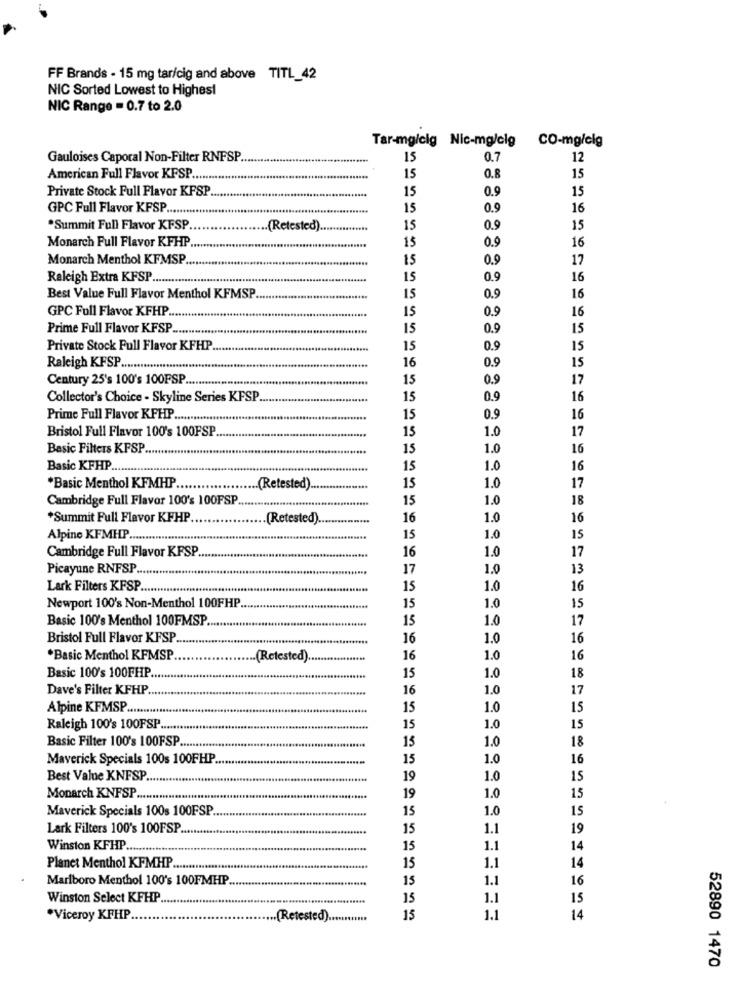
FF Brands - 15 mg tar/cig and above TITL_42
NIC Sorted Lowest to Highest
NIC Range = 0.7 to 2.0
Tar-mg/clg Nic-mg/clg
CO-mg/clg
Gauloises Caporal Non-Filter RNFSP.
15
0.7
12
American Full Flavor KFSP .....
15
0.8
15
Private Stock Full Flavor KFSP
15
0.9
15
GPC Full Flavor KFSP ......
15
0.9
16
*Summit Full Flavor KFSP
.(Retested)
15
0.9
15
15
0.9
Monarch Full Flavor KFHP.
16
Monarch Menthol KFMSP
15
0.9
17
Raleigh Extra KFSP
15
0.9
16
Best Value Full Flavor Menthol KFMSP.
15
0.9
16
GPC Full Flavor KFHP.
15
0.9
16
Prime Full Flavor KFSP.
15
0.9
15
Private Stock Full Flavor KFHP
15
0.9
15
16
0.9
Raleigh KFSP ..
15
Century 25's 100's 100FSP.
15
0.9
17
Collector's Choice - Skyline Series KFSP
15
0.9
16
Prime Full Flavor KFHP.
15
0.9
16
Bristol Full Flavor 100's 100FSP
15
1.0
17
Basic Filters KFSP.
15
1.0
16
Basic KFHP ....
15
1.0
16
15
1.0
*Basic Menthol KFMHP
.(Retested) ....
17
Cambridge Full Flavor 100's 100FSP
15
1.0
18
*Summit Full Flavor KFHP
(Retested)
16
1.0
16
Alpine KFMHP .......
15
1.0
15
Cambridge Full Flavor KFSP
16
1.0
17
Picayune RNFSP.
17
1.0
13
Lark Filters KFSP.
15
1.0
16
15
1.0
15
Newport 100's Non-Menthol 100FHP.
Basic 100's Menthol 100FMSP
15
1.0
17
Bristol Full Flavor KFSP.
16
1.0
16
*Basic Menthol KFMSP
.(Retested)
16
1.0
16
1.0
Basic 100's 100FHP.
15
18
Dave's Filter KFHP
16
1.0
17
Alpine KFMSP ....
15
1.0
15
Raleigh 100's 100FSP ..
15
1.0
15
15
1.0
Basic Filter 100's 100FSP .........
18
Maverick Specials 100s 100FHP.
15
1.0
16
Best Value KNFSP.
19
1.0
15
1.0
Monarch KNFSP
19
15
Maverick Specials 100s 100FSP
15
1.0
15
Lark Filters 100's 100FSP
15
1.1
19
Winston KFHP.
15
1.1
14
Planet Menthol KFMHP ....
15
1.1
14
Marlboro Menthol 100's 100FMHP
15
1.1
16
Winston Select KFHP
15
1.1
15
*Viceroy KFHP
... (Retested) ...........
15
1.1
14
52890 1470